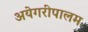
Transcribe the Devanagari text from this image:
अयेगरीपालम